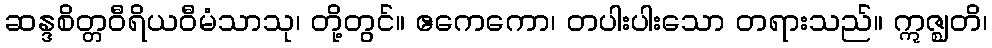
ဆန္ဒစိတ္တဝီရိယဝီမံသာသု၊ တို့တွင်။ ဧကေကော၊ တပါးပါးသော တရားသည်။ ဣဇ္ဈတိ၊